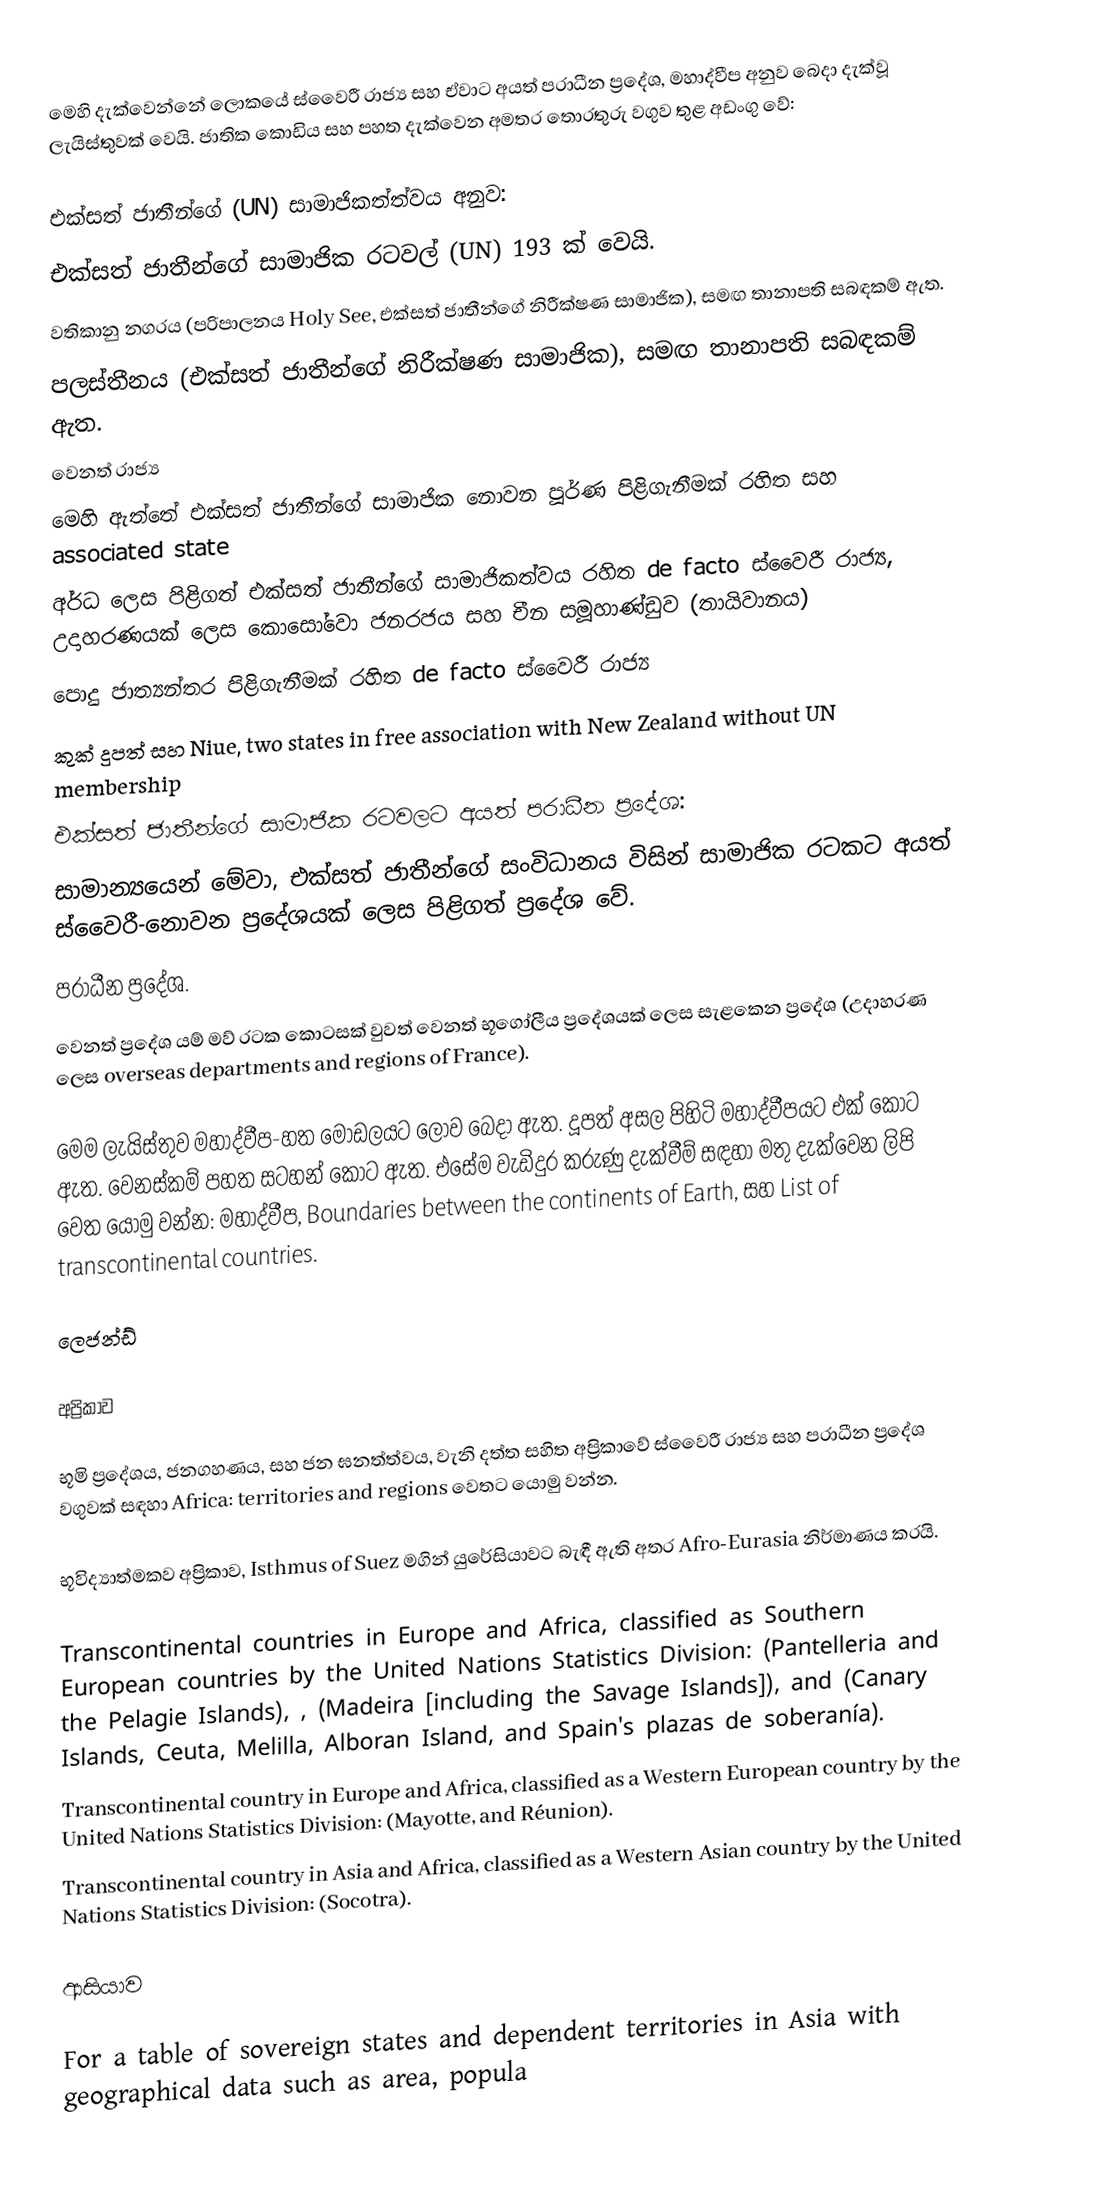
මෙහි දැක්වෙන්නේ ලොකයේ ස්වෛරී රාජ්‍ය සහ ඒවාට අයත් පරාධීන ප්‍රදේශ, මහාද්වීප අනුව බෙදා දැක්වූ ලැයිස්තුවක් වෙයි. ජාතික කොඩිය සහ පහත දැක්වෙන අමතර තොරතුරු වගුව තුළ අඩංගු වේ:

 එක්සත් ජාතීන්ගේ (UN) සාමාජිකත්ත්වය අනුව:
 එක්සත් ජාතීන්ගේ සාමාජික රටවල් (UN) 193 ක් වෙයි.
 වතිකානු නගරය (පරිපාලනය Holy See, එක්සත් ජාතීන්ගේ නිරීක්ෂණ සාමාජික),  සමඟ තානාපති සබඳකම් ඇත.
 පලස්තීනය (එක්සත් ජාතීන්ගේ නිරීක්ෂණ සාමාජික),  සමඟ තානාපති සබඳකම් ඇත.
 වෙනත් රාජ්‍ය
 මෙහි ඇත්තේ එක්සත් ජාතීන්ගේ සාමාජික නොවන පූර්ණ පිළිගැනීමක් රහිත සහ associated state
 අර්ධ ලෙස පිළිගත් එක්සත් ජාතීන්ගේ සාමාජිකත්වය රහිත de facto ස්වෛරී රාජ්‍ය, උදාහරණයක් ලෙස කොසෝවො ජනරජය සහ චීන සමූහාණ්ඩුව (තායිවානය)
 පොදු ජාත්‍යන්තර පිළිගැනීමක් රහිත de facto ස්වෛරී රාජ්‍ය
 කුක් දුපත් සහ Niue, two states in free association with New Zealand without UN membership
 එක්සත් ජාතීන්ගේ සාමාජික රටවලට අයත් පරාධීන ප්‍රදේශ:
 සාමාන්‍යයෙන් මේවා, එක්සත් ජාතීන්ගේ සංවිධානය විසින් සාමාජික රටකට අයත් ස්වෛරී-නොවන ප්‍රදේශයක් ලෙස පිළිගත් ප්‍රදේශ වේ.
 පරාධීන ප්‍රදේශ.
 වෙනත් ප්‍රදේශ යම් මව් රටක කොටසක් වුවත් වෙනත් භූගෝලීය ප්‍රදේශයක් ලෙස සැළකෙන ප්‍රදේශ (උදාහරණ ලෙස overseas departments and regions of France).

මෙම ලැයිස්තුව මහාද්වීප-හත මොඩලයට ලොව බෙදා ඇත. දූපත් අසල පිහිටි මහාද්වීපයට එක් කොට ඇත. වෙනස්කම් පහත සටහන් කොට ඇත. එසේම වැඩිදුර කරුණු දැක්වීම් සඳහා මතු දැක්වෙන ලිපි වෙත යොමු වන්න: මහාද්වීප, Boundaries between the continents of Earth, සහ List of transcontinental countries.

ලෙජන්ඩ්

අප්‍රිකාව

භූමි ප්‍රදේශය, ජනගහණය, සහ ජන ඝනත්ත්වය, වැනි දත්ත සහිත අප්‍රිකාවේ ස්වෛරී රාජ්‍ය සහ පරාධීන ප්‍රදේශ වගුවක් සඳහා Africa: territories and regions වෙතට යොමු වන්න.

භූවිද්‍යාත්මකව අප්‍රිකාව, Isthmus of Suez මගින් යුරේසියාවට බැඳී ඇති අතර Afro-Eurasia නිර්මාණය කරයි.

Transcontinental countries in Europe and Africa, classified as Southern European countries by the United Nations Statistics Division:  (Pantelleria and the Pelagie Islands), ,  (Madeira [including the Savage Islands]), and  (Canary Islands, Ceuta, Melilla, Alboran Island, and Spain's plazas de soberanía).
Transcontinental country in Europe and Africa, classified as a Western European country by the United Nations Statistics Division:  (Mayotte, and Réunion).
Transcontinental country in Asia and Africa, classified as a Western Asian country by the United Nations Statistics Division:  (Socotra).

ආසියාව

For a table of sovereign states and dependent territories in Asia with geographical data such as area, popula